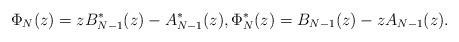
LaTeX: \begin{align*}\Phi_N(z)=zB_{N-1}^*(z)-A_{N-1}^*(z),\Phi_N^*(z)=B_{N-1}(z)-zA_{N-1}(z).\end{align*}